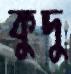
কুদু